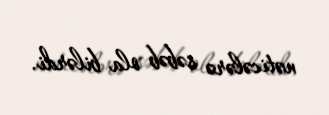
nəticələrə səbəb ola bilərdi.